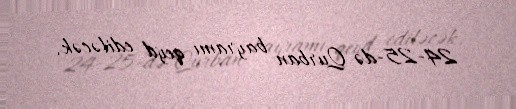
24-25-də Qurban bayramı qeyd ediləcək.